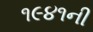
૧૯૪૧ની